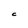
Character: C